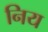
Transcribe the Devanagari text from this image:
निय